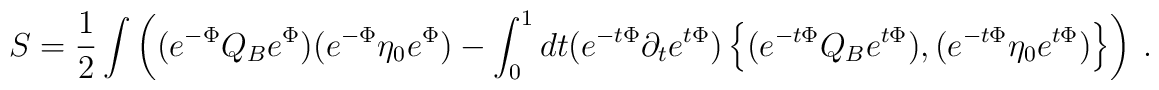
S=\frac{1}{2}\int\left((e^{-\Phi}Q_Be^{\Phi})(e^{-\Phi}\eta_0e^{\Phi})-\int_0^1 dt(e^{-t\Phi}\partial_te^{t\Phi})\left\{(e^{-t\Phi}Q_Be^{t\Phi}),(e^{-t\Phi}\eta_0e^{t\Phi})\right\}\right) \ .